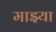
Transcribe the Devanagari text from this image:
माझ्या